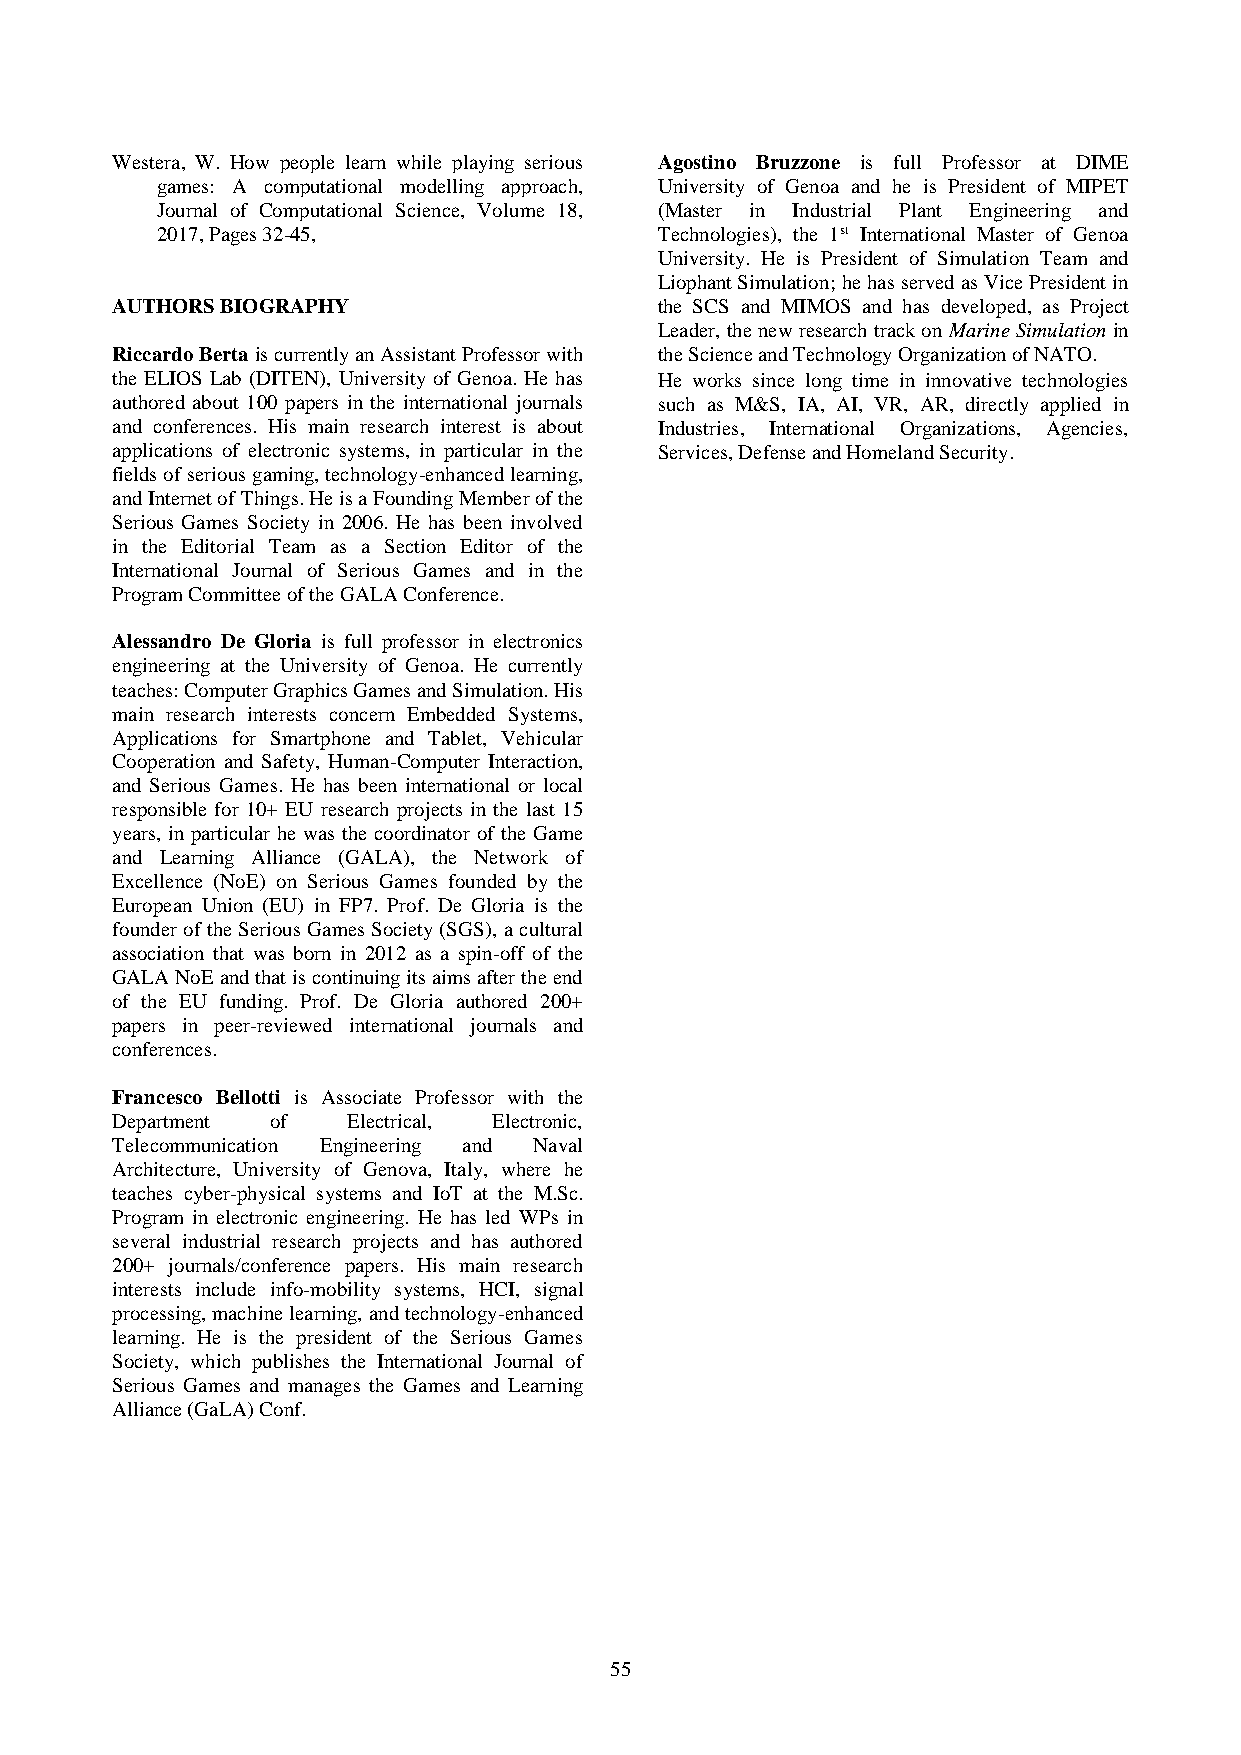
Westera, W. How people learn while playing serious Agostino Bruzzone is full Professor at DIME
 games: A computational modelling approach, University of Genoa and he is President of MIPET
 Journal of Computational Science, Volume 18, (Master in Industrial Plant Engineering and
 2017, Pages 32-45,                Technologies), the 1st International Master of Genoa
 University. He is President of Simulation Team and
 Liophant Simulation; he has served as Vice President in
 AUTHORS BIOGRAPHY                    the SCS and MIMOS and has developed, as Project
 Leader, the new research track on Marine Simulation in
 Riccardo Berta is currently an Assistant Professor with the Science and Technology Organization of NATO.
 the ELIOS Lab (DITEN), University of Genoa. He has He works since long time in innovative technologies
 authored about 100 papers in the international journals such as M&S, IA, AI, VR, AR, directly applied in
 and conferences. His main research interest is about Industries, International Organizations, Agencies,
 applications of electronic systems, in particular in the Services, Defense and Homeland Security.
 fields of serious gaming, technology-enhanced learning,
 and Internet of Things. He is a Founding Member of the
 Serious Games Society in 2006. He has been involved
 in the Editorial Team as a Section Editor of the
 International Journal of Serious Games and in the
 Program Committee of the GALA Conference.
 Alessandro De Gloria is full professor in electronics
 engineering at the University of Genoa. He currently
 teaches: Computer Graphics Games and Simulation. His
 main research interests concern Embedded Systems,
 Applications for Smartphone and Tablet, Vehicular
 Cooperation and Safety, Human-Computer Interaction,
 and Serious Games. He has been international or local
 responsible for 10+ EU research projects in the last 15
 years, in particular he was the coordinator of the Game
 and Learning Alliance (GALA), the Network of
 Excellence (NoE) on Serious Games founded by the
 European Union (EU) in FP7. Prof. De Gloria is the
 founder of the Serious Games Society (SGS), a cultural
 association that was born in 2012 as a spin-off of the
 GALA NoE and that is continuing its aims after the end
 of the EU funding. Prof. De Gloria authored 200+
 papers in peer-reviewed international journals and
 conferences.
 Francesco Bellotti is Associate Professor with the
 Department of   Electrical, Electronic,
 Telecommunication Engineering and Naval
 Architecture, University of Genova, Italy, where he
 teaches cyber-physical systems and IoT at the M.Sc.
 Program in electronic engineering. He has led WPs in
 several industrial research projects and has authored
 200+ journals/conference papers. His main research
 interests include info-mobility systems, HCI, signal
 processing, machine learning, and technology-enhanced
 learning. He is the president of the Serious Games
 Society, which publishes the International Journal of
 Serious Games and manages the Games and Learning
 Alliance (GaLA) Conf.
 55